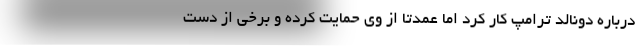
درباره دونالد ترامپ کار کرد اما عمدتا از وی حمایت کرده و برخی از دست